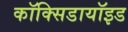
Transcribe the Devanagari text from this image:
कॉक्सिडायॉइड